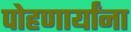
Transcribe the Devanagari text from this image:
पोहणार्यांना